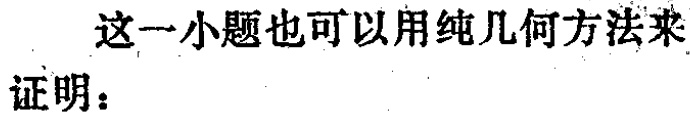
这一小题也可以用纯几何方法来证明：